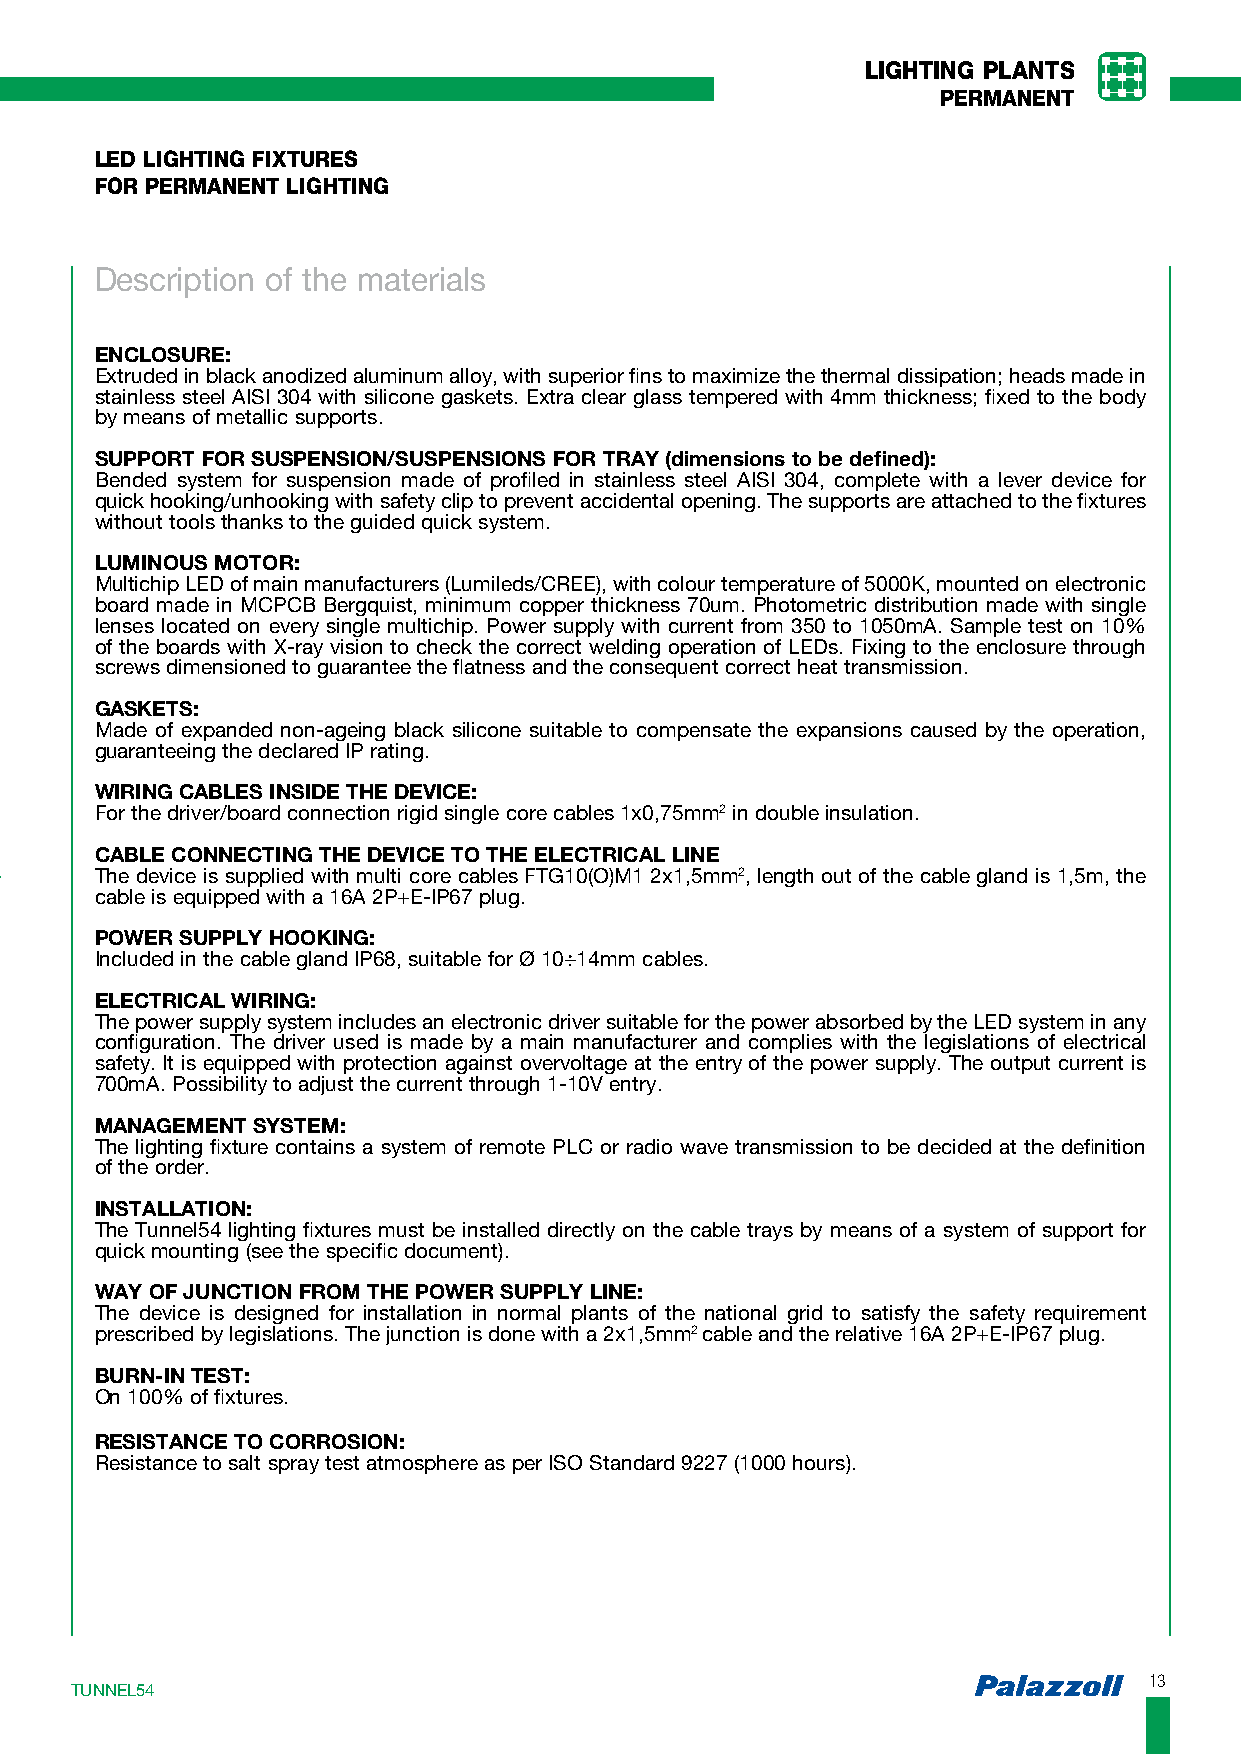
LIGHTING PLANTS
 PERMANENT
 LED LIGHTING FIXTURES
 FOR PERMANENT LIGHTING
 Description of the materials
 ENCLOSURE:
 Extruded in black anodized aluminum alloy, with superior fins to maximize the thermal dissipation; heads made in
 stainless steel AISI 304 with silicone gaskets. Extra clear glass tempered with 4mm thickness; fixed to the body
 by means of metallic supports.
 SUPPORT FOR SUSPENSION/SUSPENSIONS FOR TRAY (dimensions to be defined):
 Bended system for suspension made of profiled in stainless steel AISI 304, complete with a lever device for
 quick hooking/unhooking with safety clip to prevent accidental opening. The supports are attached to the fixtures
 without tools thanks to the guided quick system.
 LUMINOUS MOTOR:
 Multichip LED of main manufacturers (Lumileds/CREE), with colour temperature of 5000K, mounted on electronic
 board made in MCPCB Bergquist, minimum copper thickness 70um. Photometric distribution made with single
 lenses located on every single multichip. Power supply with current from 350 to 1050mA. Sample test on 10%
 of the boards with X-ray vision to check the correct welding operation of LEDs. Fixing to the enclosure through
 screws dimensioned to guarantee the flatness and the consequent correct heat transmission.
 GASKETS:
 Made of expanded non-ageing black silicone suitable to compensate the expansions caused by the operation,
 guaranteeing the declared IP rating.
 WIRING CABLES INSIDE THE DEVICE:
 For the driver/board connection rigid single core cables 1x0,75mm2 in double insulation.
 CABLE CONNECTING THE DEVICE TO THE ELECTRICAL LINE
 The device is supplied with multi core cables FTG10(O)M1 2x1,5mm2, length out of the cable gland is 1,5m, the
 cable is equipped with a 16A 2P+E-IP67 plug.
 POWER SUPPLY HOOKING:
 Included in the cable gland IP68, suitable for Ø 10÷14mm cables.
 ELECTRICAL WIRING:
 The power supply system includes an electronic driver suitable for the power absorbed by the LED system in any
 configuration. The driver used is made by a main manufacturer and complies with the legislations of electrical
 safety. It is equipped with protection against overvoltage at the entry of the power supply. The output current is
 700mA. Possibility to adjust the current through 1-10V entry.
 MANAGEMENT SYSTEM:
 The lighting fixture contains a system of remote PLC or radio wave transmission to be decided at the definition
 of the order.
 INSTALLATION:
 The Tunnel54 lighting fixtures must be installed directly on the cable trays by means of a system of support for
 quick mounting (see the specific document).
 WAY OF JUNCTION FROM THE POWER SUPPLY LINE:
 The device is designed for installation in normal plants of the national grid to satisfy the safety requirement
 prescribed by legislations. The junction is done with a 2x1,5mm2 cable and the relative 16A 2P+E-IP67 plug.
 BURN-IN TEST:
 On 100% of fixtures.
 RESISTANCE TO CORROSION:
 Resistance to salt spray test atmosphere as per ISO Standard 9227 (1000 hours).
 1133
 TTUUNNNNEELL5544